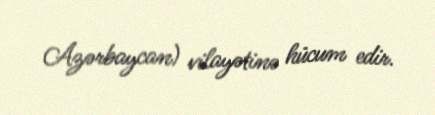
Azərbaycan) vilayətinə hücum edir.